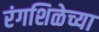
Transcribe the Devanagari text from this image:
रंगशिळेच्या